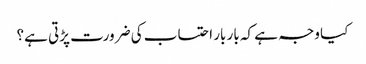
کیا وجہ ہے کہ بار بار احتساب کی ضرورت پڑتی ہے؟